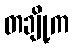
တချို့က